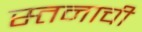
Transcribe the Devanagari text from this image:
स्तनाची